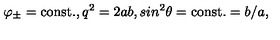
\varphi _ { \pm } = \mathrm { c o n s t . } , q ^ { 2 } = 2 a b , s i n ^ { 2 } \theta = { \mathrm { c o n s t . } } = b / a ,